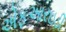
એફઆરઇડી